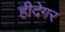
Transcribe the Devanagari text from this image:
हीदेगर